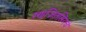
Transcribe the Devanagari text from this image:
रणजितसिंगचे